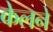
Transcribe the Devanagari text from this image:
केलने